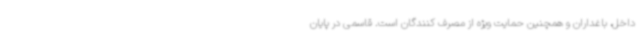
داخل، باغداران و همچنین حمایت ویژه از مصرف کنندگان است. قاسمی در پایان